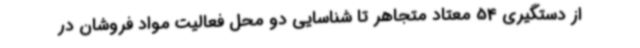
از دستگیری 54 معتاد متجاهر تا شناسایی دو محل فعالیت مواد فروشان در